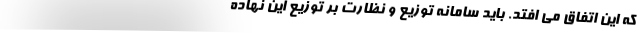
که این اتفاق می افتد. باید سامانه توزیع و نظارت بر توزیع این نهاده